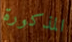
المذكورة